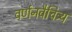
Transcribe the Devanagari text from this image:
वर्णनवैचित्र्य